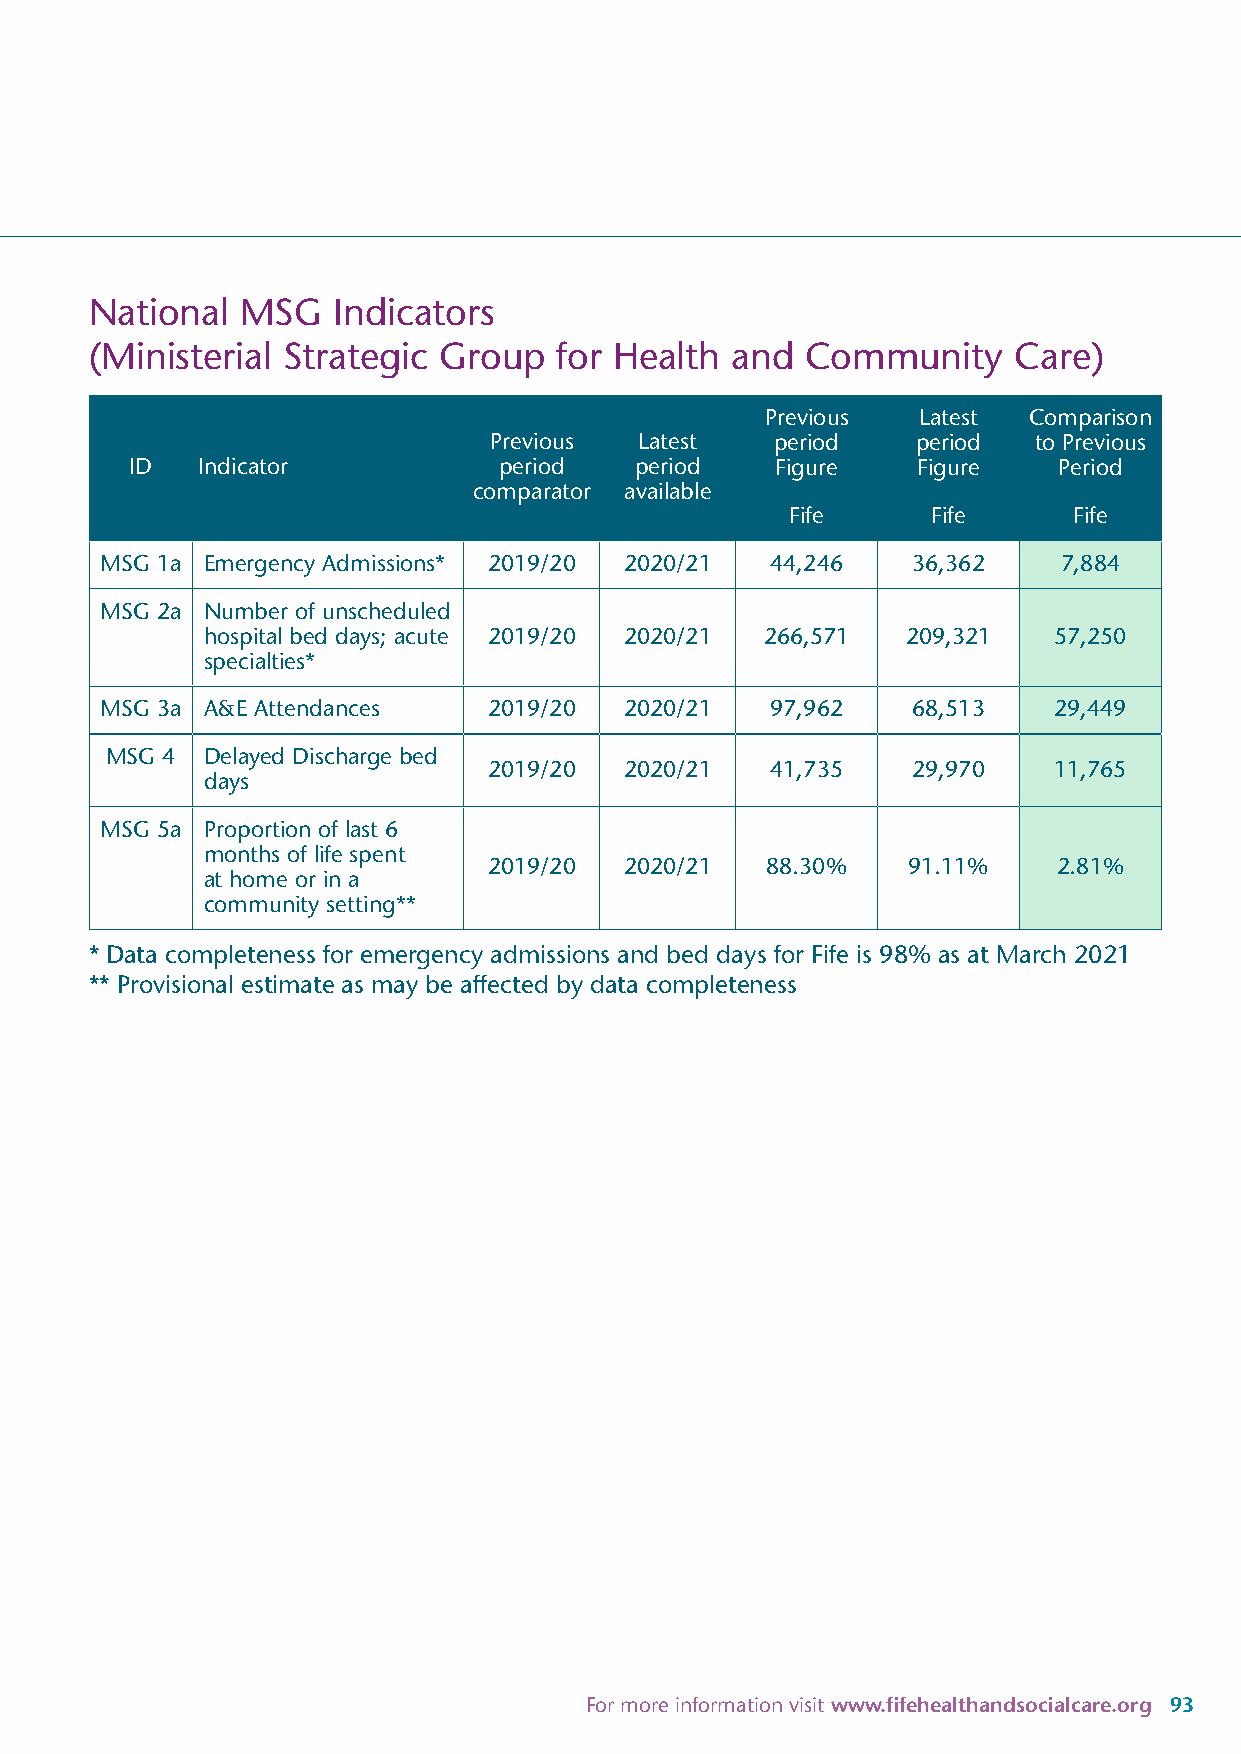
National  MSG   Indicators
 (Ministerial Strategic Group   for Health and  Community     Care)
 Previous  Latest Comparison
 Previous  Latest   period    period to Previous
 ID  Indicator           period   period   Figure    Figure   Period
 comparator available
 Fife      Fife     Fife
 MSG 1a Emergency Admissions* 2019/20 2020/21 44,246  36,362    7,884
 MSG 2a Number of unscheduled
 hospital bed days; acute 2019/20 2020/21 266,571 209,321 57,250
 specialties*
 MSG 3a A&E Attendances   2019/20  2020/21   97,962   68,513    29,449
 MSG 4 Delayed Discharge bed
 2019/20  2020/21   41,735   29,970    11,765
 days
 MSG 5a Proportion of last 6
 months of life spent
 2019/20  2020/21   88.30%   91.11%    2.81%
 at home or in a
 community setting**
 * Data completeness for emergency admissions and bed days for Fife is 98% as at March 2021
 ** Provisional estimate as may be affected by data completeness
 For more information visit www.fifehealthandsocialcare.org 93